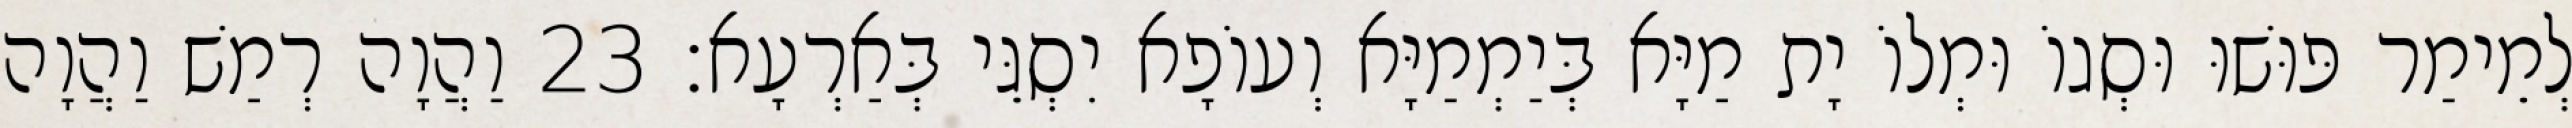
לְמֵימַר פּוּשׁוּ וּסְגוֹ וּמְלוֹ יָת מַיָּא בְּיַמְמַיָּא וְעוֹפָא יִסְגֵּי בְּאַרְעָא׃ 23 וַהֲוָה רְמַשׁ וַהֲוָה